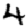
Digit: 4